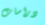
دراسات